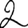
Digit: 2